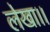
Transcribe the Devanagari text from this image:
लेखा।।